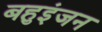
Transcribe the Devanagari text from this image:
बहुइंजन